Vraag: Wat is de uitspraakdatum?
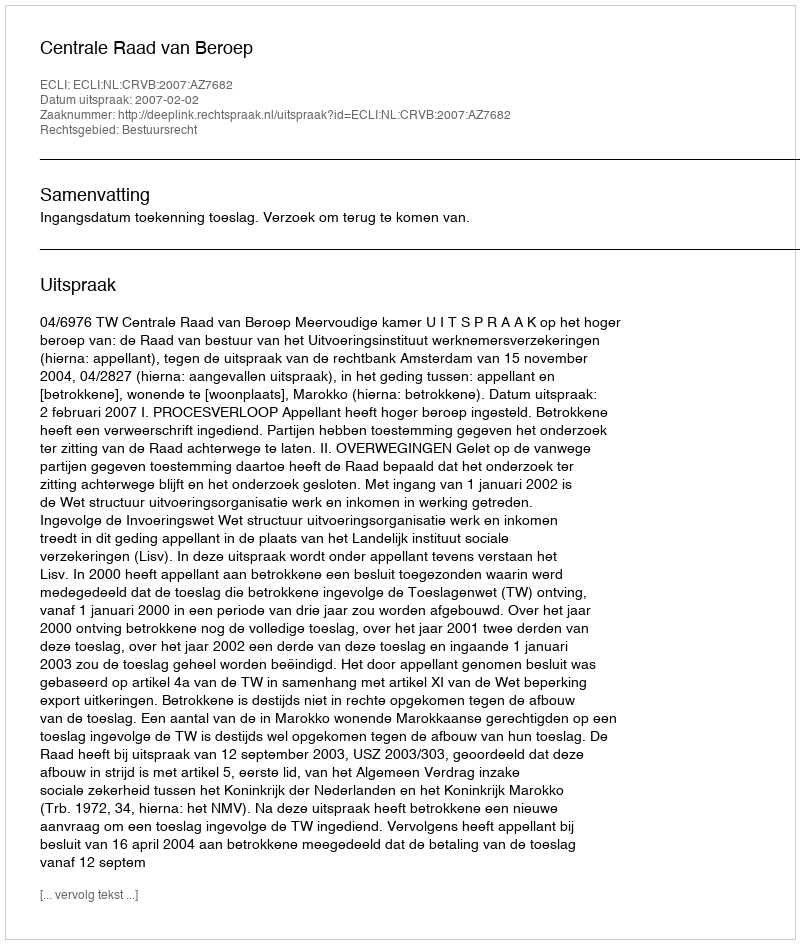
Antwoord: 2007-02-02